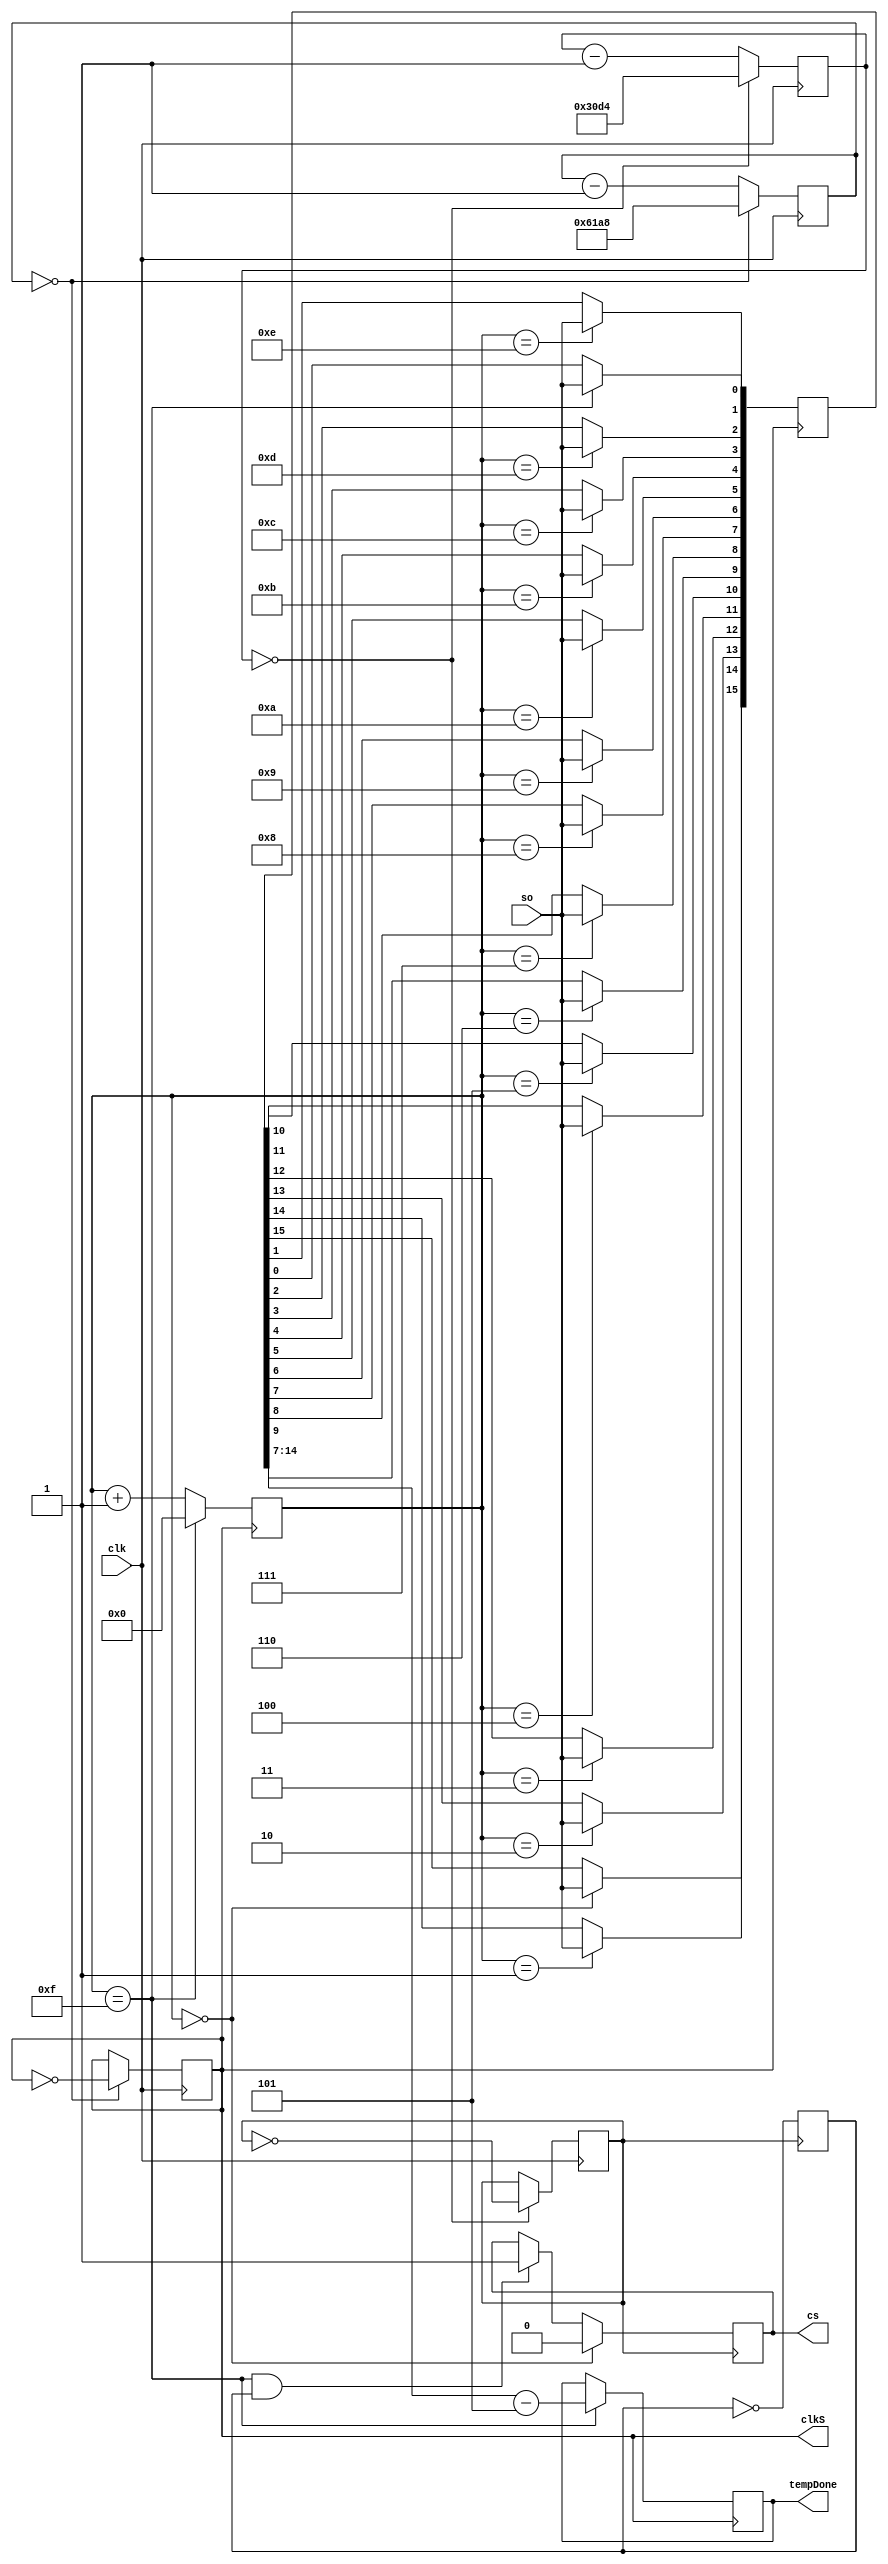
module temperature(
	input clk,
	input so, 
	output reg cs, 
	output reg clkS,
	output reg[7:0] tempDone
    );  
	 
	reg clkCs = 0;
	reg[3:0] cont = 0;
	reg[15:0] temperTemp = 0;
	
	//reg done;
	reg[14:0] contF = 'd25000;
	reg[13:0] contCs = 'd12500;
	initial begin
		cs = 0;
		clkS = 0;
		tempDone = 0;
	end
	
	always @ (posedge clk)
	begin
		if ( contF == 0 )begin
			contF <= 'd25000;
			clkS <= ~clkS;
		end
		else begin
			contF <= contF - 1'b1;
		end
		//para seal cs
		if ( contCs == 0 )begin
			contCs <= 'd12500;
			clkCs <= ~clkCs;
		end
		else begin
			contCs <= contCs - 1'b1;
		end
	end
	
	always @ (negedge clkS)
	begin	
		if (cont == 15)
			cont <= 1'b0;
		else
			cont <= cont + 1'b1;
	end
	reg helpCs = 0;
	always @ (posedge clkCs)
	begin	
		if (cont == 15 && helpCs == 1)begin
			cs <= 1'b1;
		end																																																																																
		if (cont == 0 )begin
			cs <= 1'b0;
		end
		helpCs <= ~helpCs;
	end // bajarlo en 1/4 del 0, subirlo a 3/4 del 15

	always @ ( posedge clkS )
	begin
		case( cont )
			0: temperTemp[15] <= so;
			1: temperTemp[14] <= so;
			2: temperTemp[13] <= so; 
			3: temperTemp[12] <= so;
			4: temperTemp[11] <= so;
			5: temperTemp[10] <= so;
			6: temperTemp[9] <= so;
			7: temperTemp[8] <= so;
			8: temperTemp[7] <= so;
			9: temperTemp[6] <= so;
			10: temperTemp[5] <= so;
			11: temperTemp[4] <= so;
			12: temperTemp[3] <= so;
			13: temperTemp[2] <= so;
			14: temperTemp[1] <= so;
			15: temperTemp[0] <= so;
		endcase
		if ( cont == 15 )
		begin
			tempDone <= temperTemp[14:7] - 5; //4 calibration
		end
	end
	
endmodule